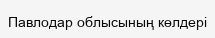
Павлодар облысының көлдері